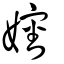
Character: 嬸